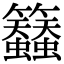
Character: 𮇀